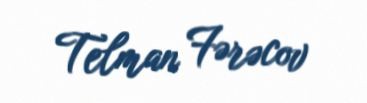
Telman Fərəcov